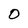
Character: O